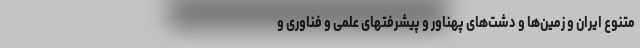
متنوع ایران و زمین‌ها و دشت‌های پهناور و پیشرفتهای علمی و فناوری و